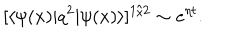
LaTeX: [ \langle \psi ( x ) \vert q ^ { 2 } \vert \psi ( x ) \rangle ] ^ { 1 / 2 } \sim e ^ { \eta t } .